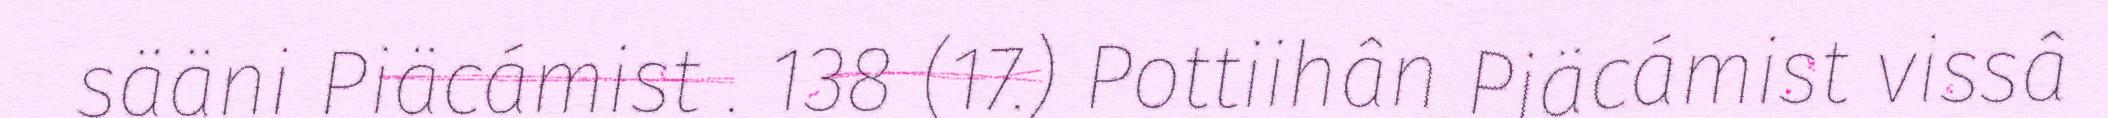
sääni Piäcámist . 138 (17.) Pottiihân Piäcámist vissâ